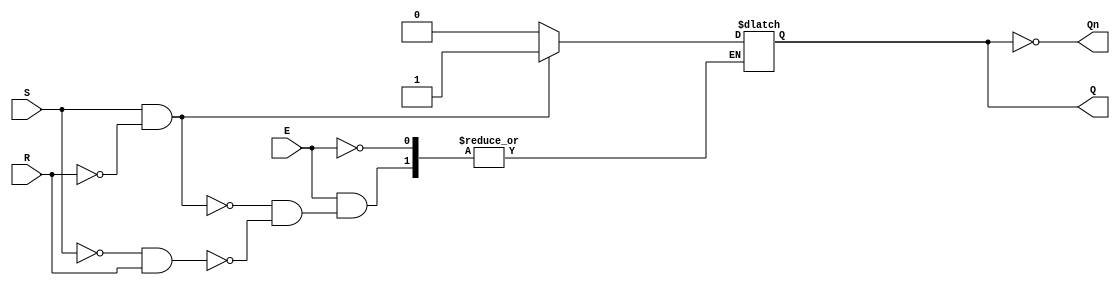
module Gated_SRLatch (
    input wire S,      // Set input
    input wire R,      // Reset input
    input wire E,      // Enable input
    output reg Q,      // Output Q
    output wire Qn     // Complementary output (not Q)
);

// Assign complementary output
assign Qn = ~Q;

// Always block to define the behavior of the Gated SR Latch
always @ (S, R, E) begin
    if (E) begin
        if (S && ~R) begin
            Q <= 1'b1;  // Set Q to 1
        end else if (~S && R) begin
            Q <= 1'b0;  // Reset Q to 0
        end
        // If both S and R are low, retain previous state
        // If both S and R are high, the state is indeterminate
    end
    // If E is low, retain previous state (no change)
end

endmodule